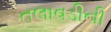
તલાવડીની